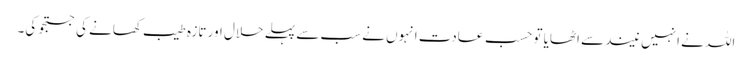
اللہ نے انہیں نیند سے اٹھایا تو حسب عادت انہوں نے سب سے پہلے حلال اور تازہ طیب کھانے کی جستجو کی۔